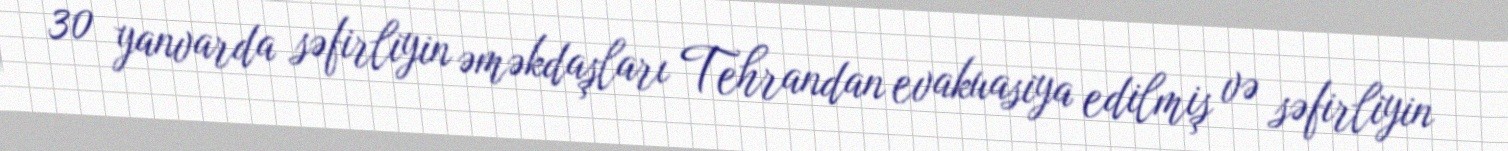
30 yanvarda səfirliyin əməkdaşları Tehrandan evakuasiya edilmiş və səfirliyin